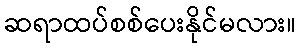
ဆရာထပ်စစ်ပေးနိုင်မလား။